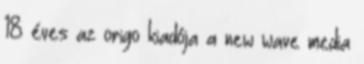
18 éves az origo kiadója a new wave media